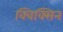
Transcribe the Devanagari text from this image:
क्विक्सिन